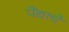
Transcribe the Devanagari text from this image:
पेंद्याचे